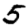
Digit: 5